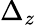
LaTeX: \Delta_{z}